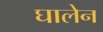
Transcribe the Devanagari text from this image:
घालेन